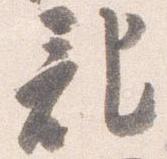
記